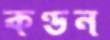
কণ্ডন